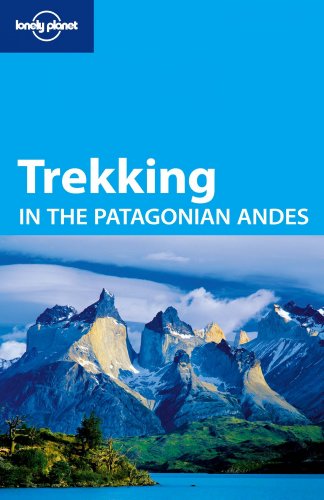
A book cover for Lonely Planet Trekking in the Patagonian Andes (Travel Guide); Lonely Planet; Sports & Outdoors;